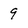
Character: 9